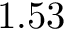
1 . 5 3